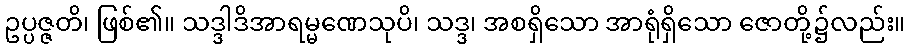
ဥပ္ပဇ္ဇတိ၊ ဖြစ်၏။ သဒ္ဒါဒိအာရမ္မဏေသုပိ၊ သဒ္ဒ၊ အစရှိသော အာရုံရှိသော ဇောတို့၌လည်း။